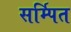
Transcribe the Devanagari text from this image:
सर्म्पित